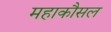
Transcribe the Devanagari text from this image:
महाकौसल